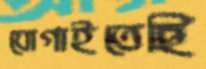
যোগাইতেছি